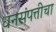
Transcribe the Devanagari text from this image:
धनसंपत्तीचा